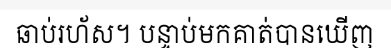
ឆាប់រហ័ស។ បន្ទាប់មកគាត់បានឃើញ